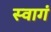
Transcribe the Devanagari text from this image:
स्वागं